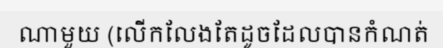
ណាមួយ (លើកលែងតែដូចដែលបានកំណត់